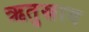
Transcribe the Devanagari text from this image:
ऋतुस्राव